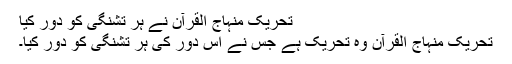
تحریک منہاج القرآن نے ہر تشنگی کو دور کیا
تحریک منہاج القرآن وہ تحریک ہے جس نے اِس دور کی ہر تشنگی کو دور کیا۔